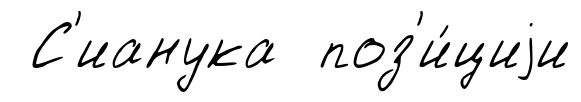
С'ианука поз'и́циjи